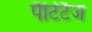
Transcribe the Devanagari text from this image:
पैर्टिटैज